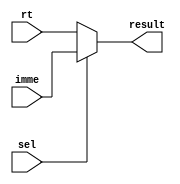
module pipe_rtmux(sel,imme,rt,result);
	input		sel;
	input [31:0]		imme;
	input [31:0]		rt;

	output [31:0]	result;

	assign result=(sel==0)?rt:imme;
	
	
endmodule